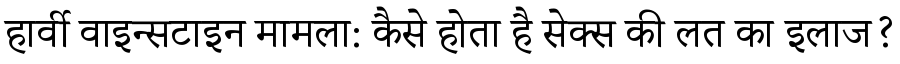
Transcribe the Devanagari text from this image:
हार्वी वाइन्सटाइन मामला: कैसे होता है सेक्स की लत का इलाज?